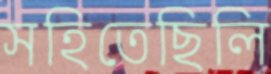
সহিতেছিলি